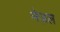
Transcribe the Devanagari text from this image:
नेज़ल